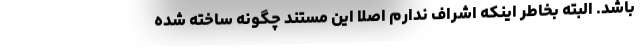
باشد. البته بخاطر اینکه اشراف ندارم اصلا این مستند چگونه ساخته شده